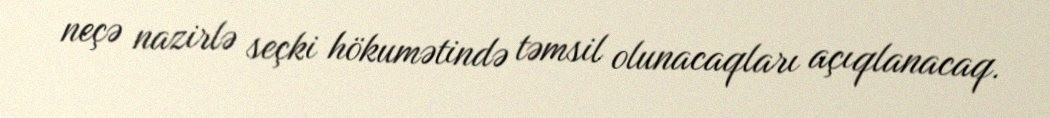
neçə nazirlə seçki hökumətində təmsil olunacaqları açıqlanacaq.